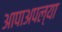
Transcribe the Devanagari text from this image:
आपाअपल्या